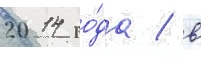
2014 го́да / в